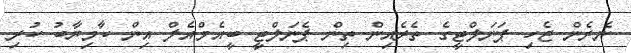
ނެރެން ޖެހި ޕަނަލްޓީގެ ތެރެއިން ތިން ޕެނަލްޓީ ބީއެމްއެލް އިން ކާމިޔާބު ކުރި